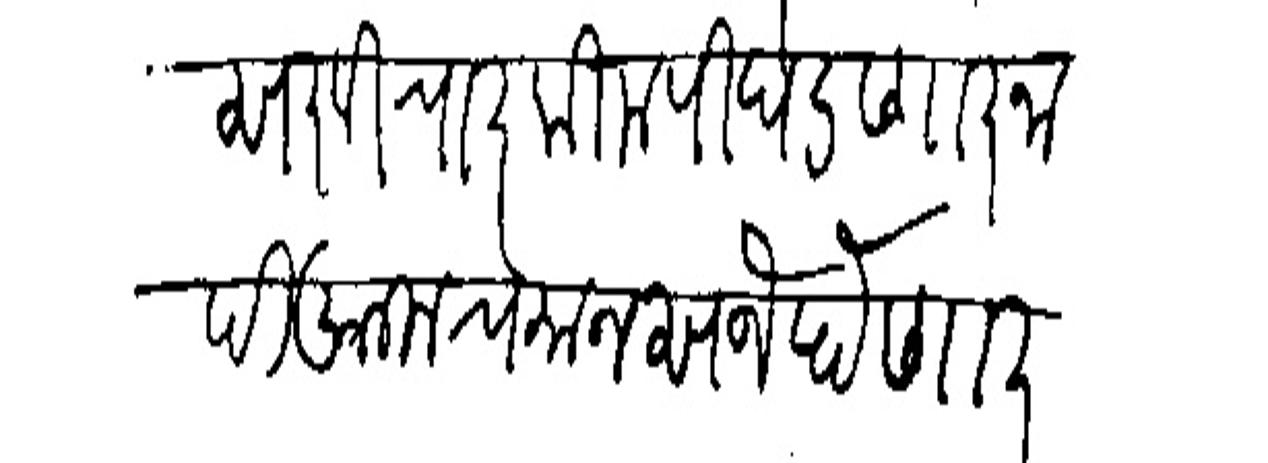
Transliteration (Devanagari): दुसर विचार किमपि घडणार नाही आसाच मानस जे होणार